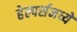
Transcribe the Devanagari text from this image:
हेल्पर्समध्ये